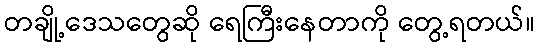
တချို့ဒေသတွေဆို ရေကြီးနေတာကို တွေ့ရတယ်။